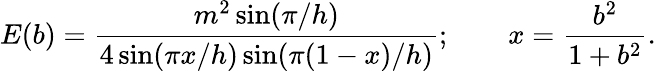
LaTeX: E(b)=\frac{m^{2}\sin(\pi/h)}{4\sin(\pi x/h)\sin(\pi(1-x)/h)};\qquad x=\frac{b^{2}}{1+b^{2}}.